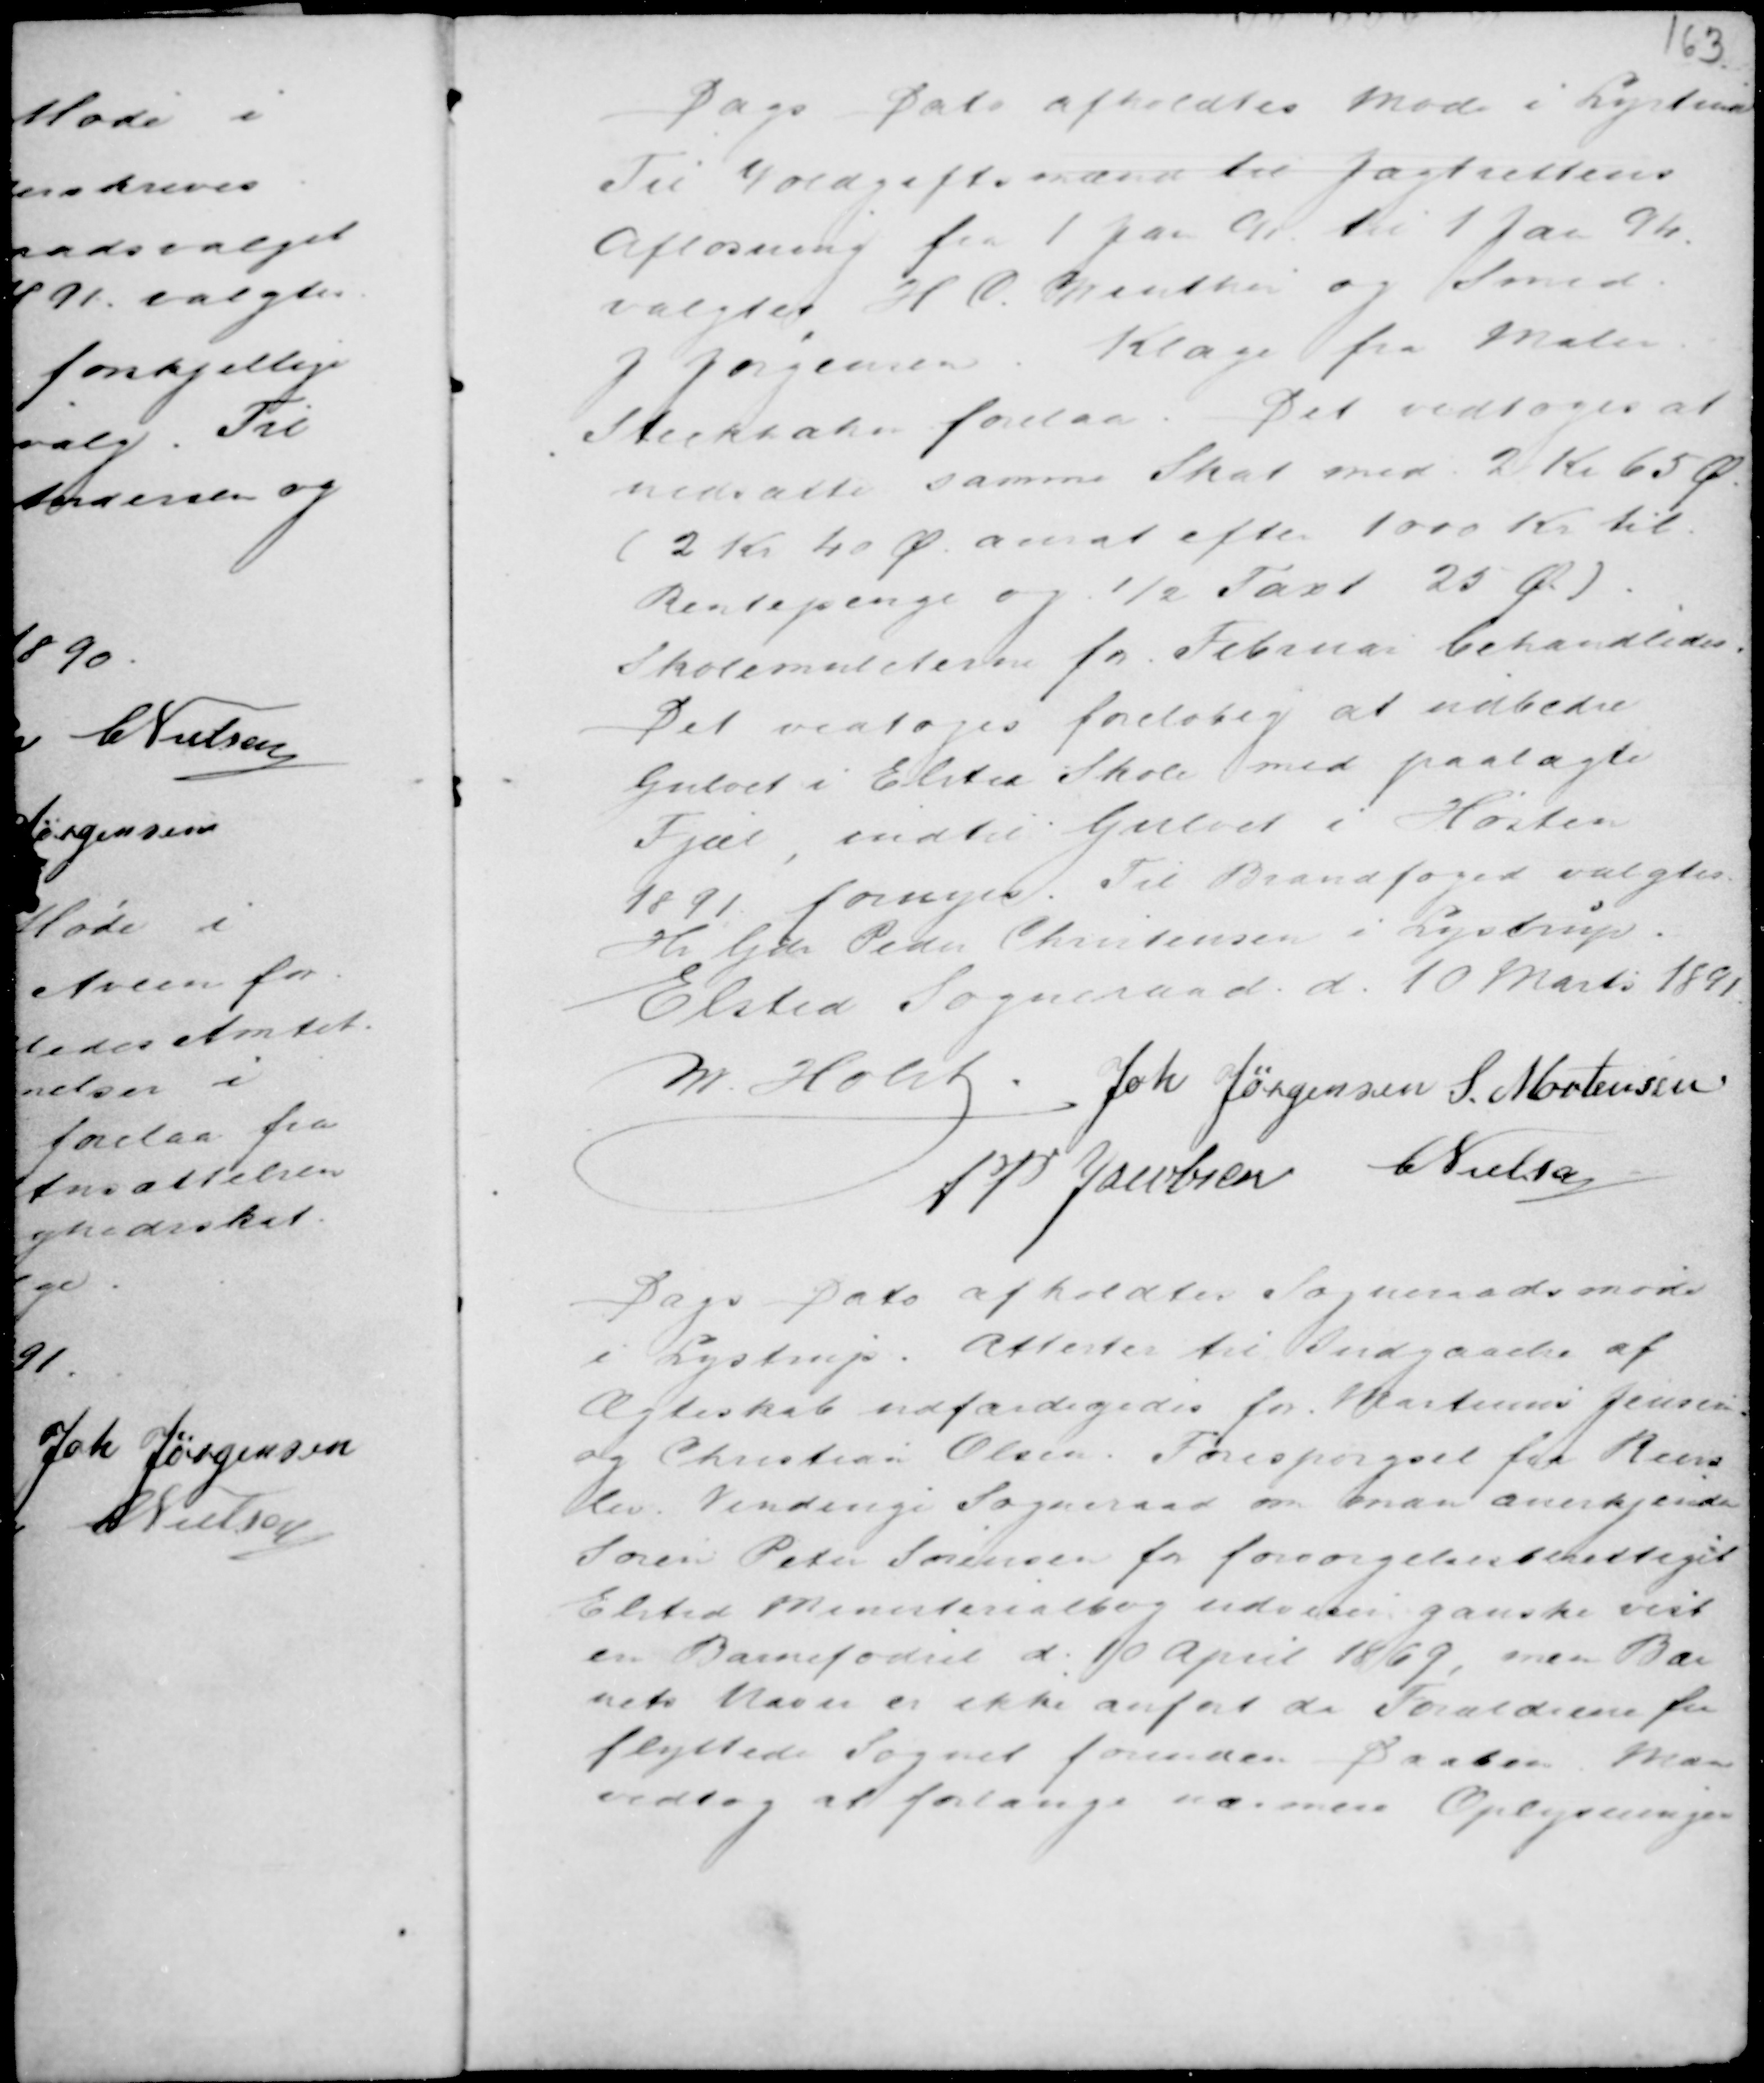
Transskription:
Dags Dato afholdtes Møde i Lystrup
Til Voldgiftsmand til Jagtrettens
Afløsning fra 1 Jan 91 til 1 Jan 94.
valgtes H C. Vinther og Smed
J Jørgensen. Klage fra Maler
Steckhahn forelaa. Det vedtoges at
nedsætte samme Skat med 2 Kr 65 Ø.
(2 Kr 40 Ø ansat efter 1000 Kr
Rentepenge og ½ Taxt 25 Ø.).
Skolemulcterne for Februar behandledes.
Det vedtoges foreløbig at udbedre
Gulvet i Elsted Skole med paalagte
Fjæl , indtil Gulvet i Høsten
1891 fornyes. Til Brandfoged valgtes
Hr Gdr Peder Christensen i Lystrup.
Elsted Sogneraad d. 10 Marts 1891.

M. Holst . Joh Jørgensen S. Mortensen
AP Jacobsen C Nielsen

Dags Dato afholdtes Sogneraadsmøde
i Lystrup. Attester til Indgaaelse af
Ægteskab udfærdigedes for Martinus Jensen
og Christian Olsen. Forespørgsel fra Reers
lev Vindinge Sogneraad om man anerkjender
Søren Peter Sørensen for forsørgelsesberettiget
i
Elsted Ministerialbog udviser ganske vist
en Barnefødsel d. 10 April 1869, men Bar
nets Navn er ikke anført da Forældrene fra
flyttede Sognet forinden Daaben. Man
vedtog at forlange nærmere Oplysninger